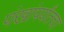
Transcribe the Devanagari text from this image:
पंखांपर्यंतचा